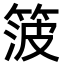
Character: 箥